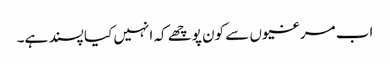
اب مرغیوں سے کون پوچھے کہ انہیں کیا پسند ہے۔